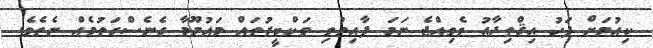
ކިއުމަށް ފަހު އިޤްތިދާއު ވެވިއްޖެ ނަމަ ފާއިތުވި ތަކްބީރުތައް މައުމޫމާ ގެނެސްގަތުމެއް ނެތެވެ.